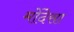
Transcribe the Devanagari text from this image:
मोंदेसा